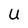
Character: U